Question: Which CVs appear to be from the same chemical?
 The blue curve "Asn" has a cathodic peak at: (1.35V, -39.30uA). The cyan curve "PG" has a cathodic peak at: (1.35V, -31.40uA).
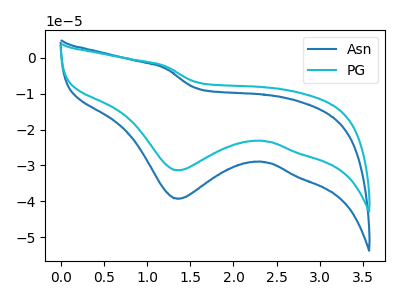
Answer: <think>All the peaks in "Asn" have a peak in "PG" at the same potential. Every peak in "Asn" is higher than every peak in "PG".
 </think>
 <answer>"PG" and "Asn" have the same shape and are likely CV's of the same chemical.</answer>
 <eval>"PG" "Asn"</eval>